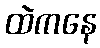
ထဲကနေ